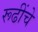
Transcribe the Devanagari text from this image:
रूढींचे